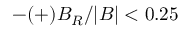
- ( + ) B _ { R } / | B | < 0 . 2 5